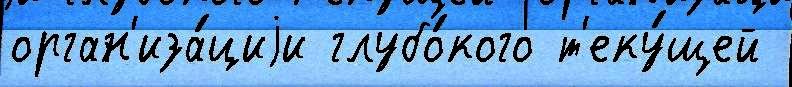
орган'иза́циjи глубо́кого т'еку́щей